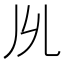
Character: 𠃕